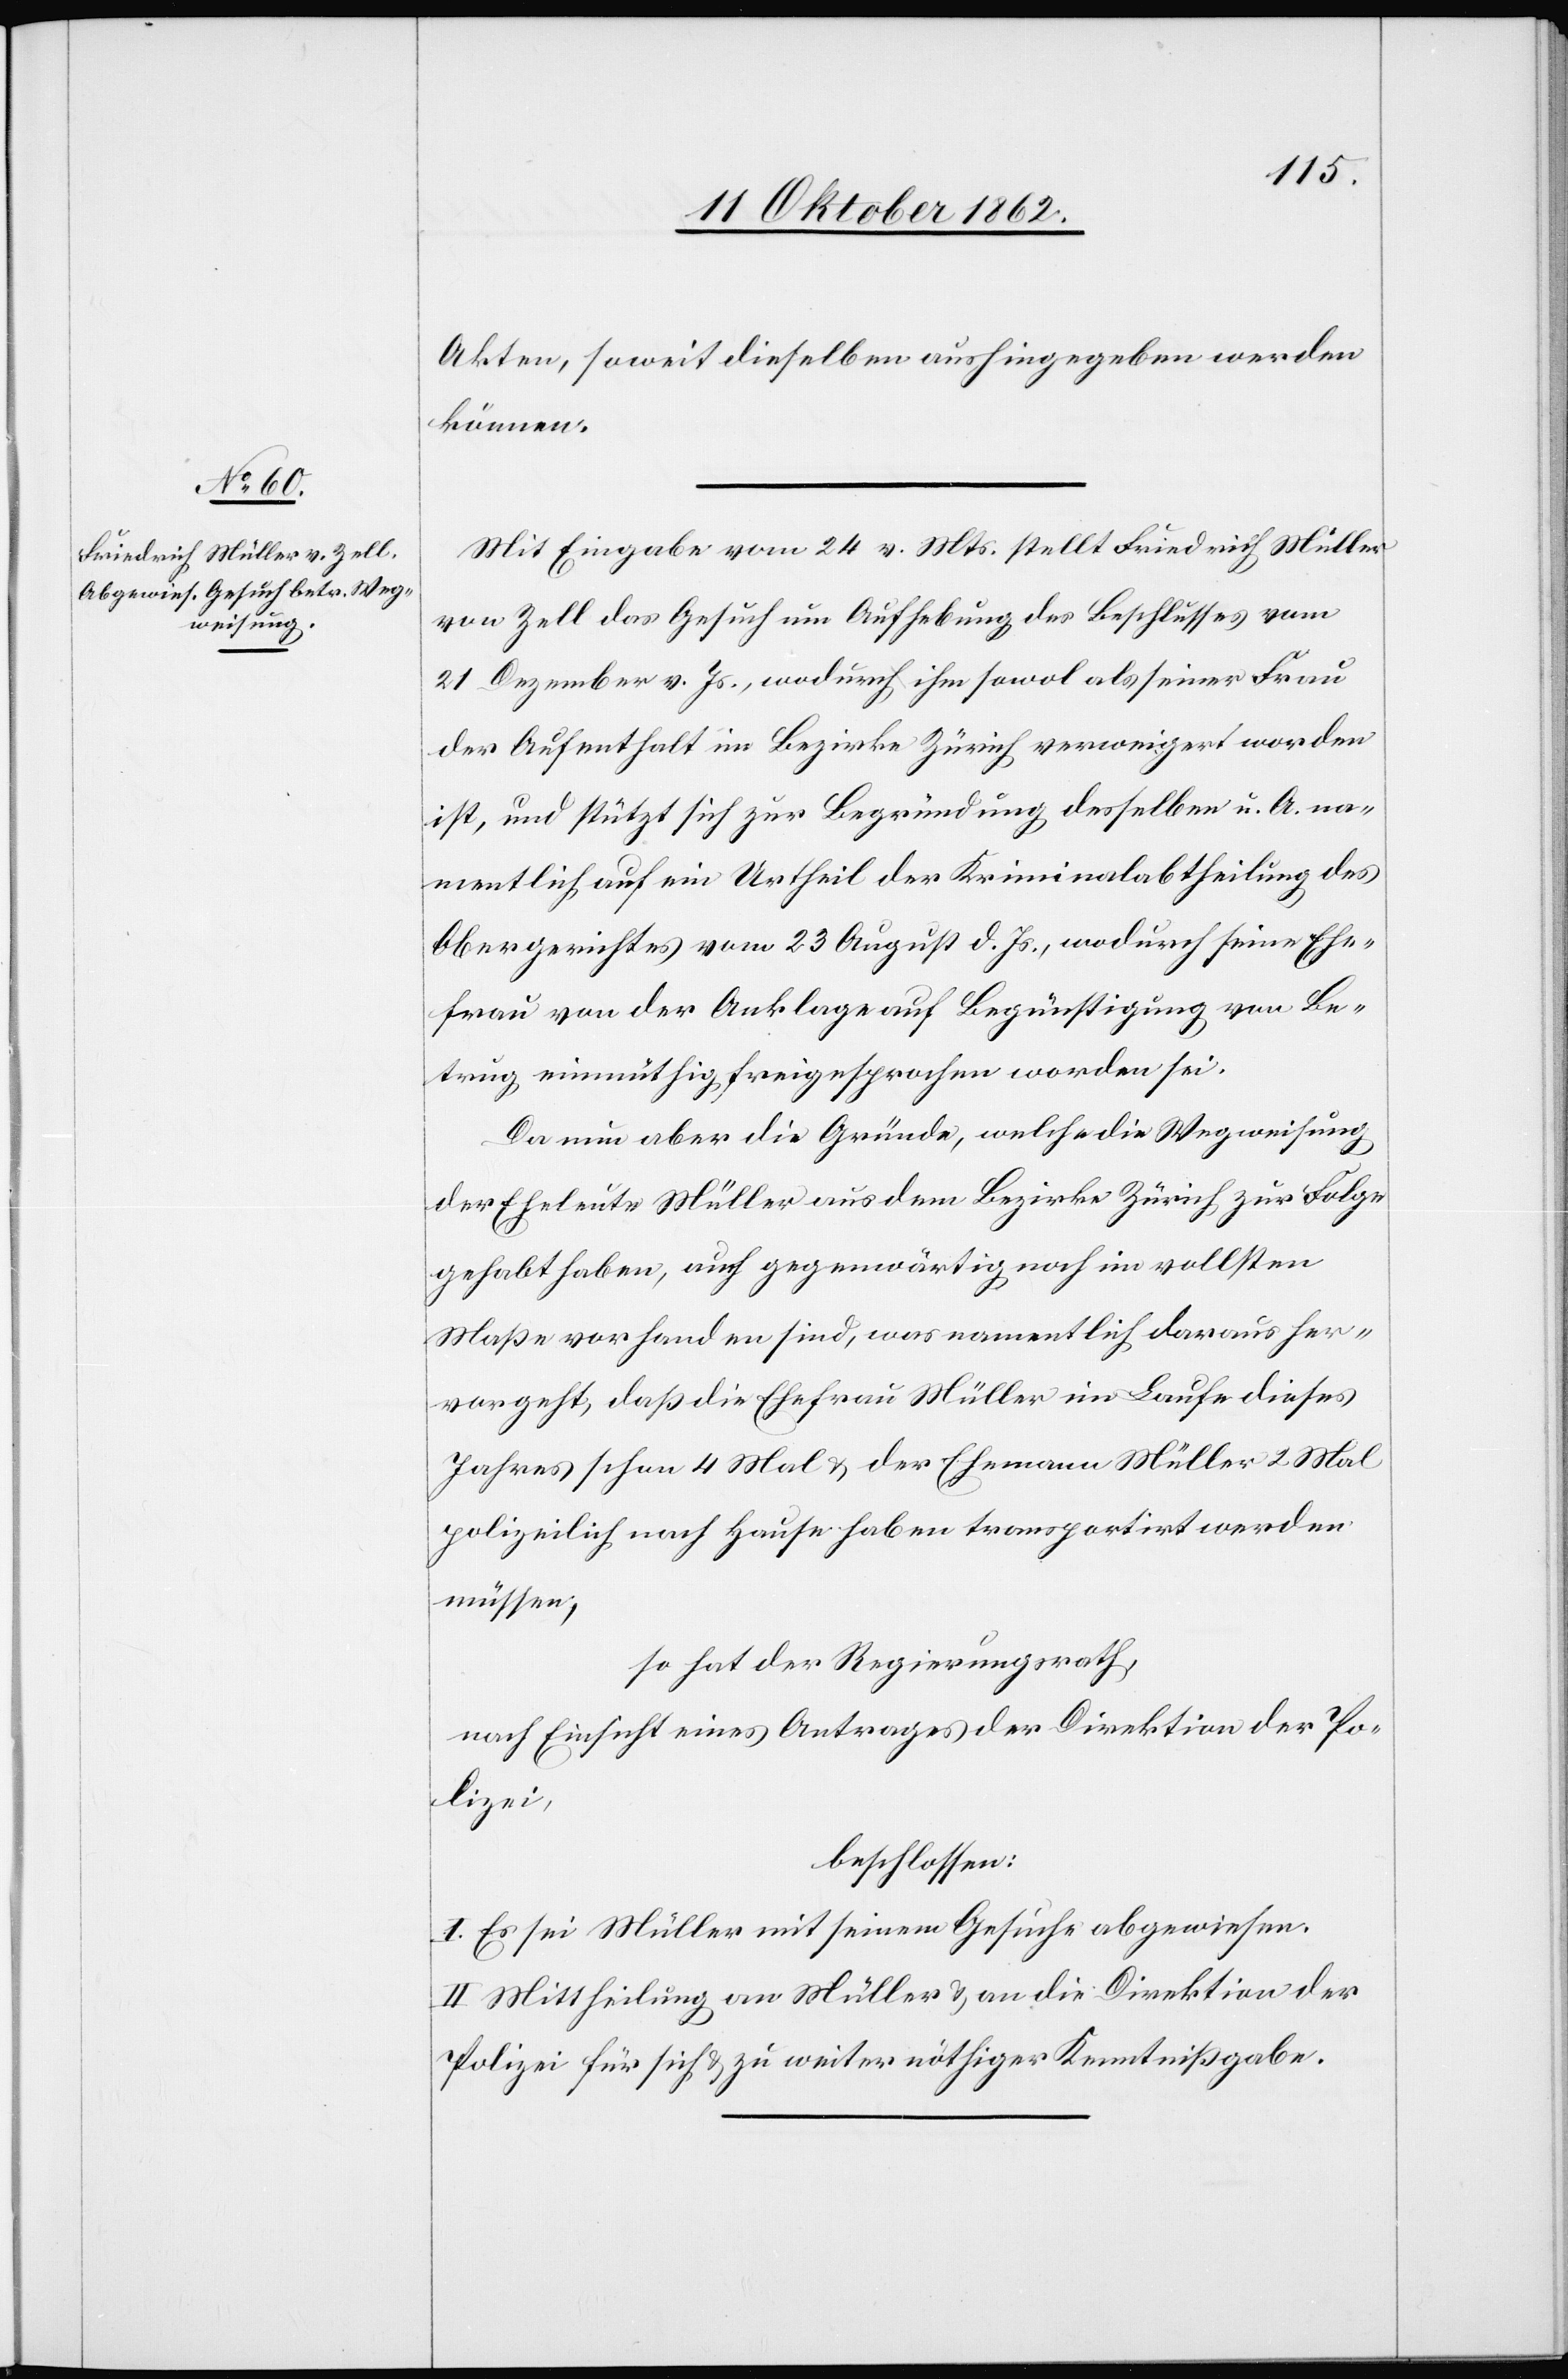
Akten, soweit dieselben aushingegeben werden
können.
Mit Eingabe vom 24. v. Mts. stellt Friedrich Müller
von Zell das Gesuch um Aufhebung des Beschlusses vom
21. Dezember v. Js., wodurch ihm sowol als seiner Frau
der Aufenthalt im Bezirke Zürich verweigert worden
ist, und stützt sich zur Begründung desselben u. A. na¬
mentlich auf ein Urtheil der Kriminalabtheilung des
Obergerichtes vom 23. August d. Js., wodurch seine Ehe¬
frau von der Anklage auf Begünstigung von Be¬
trug einmüthig freigesprochen worden sei.
Da nun aber die Gründe, welche die Wegweisung
der Eheleute Müller aus den Bezirke Zürich zur Folge
gehabt haben, auch gegenwärtig noch in vollen
Maße vorhanden sind, was namentlich daraus her¬
vorgeht, daß die Ehefrau Müller im Laufe dieses
Jahres schon 4 Mal u. der Ehemann Müller 2 Mal
polizeilich nach Hause haben transportirt werden
müssen,
so hat der Regierungsrath,
nach Einsicht eines Antrages der Direktion der Po¬
lizei;
beschlossen:
I. Es sei Müller mit seinem Gesuche abgewiesen.
II. Mittheilung an Müller u. an die Direktion der
Polizei für sich u. zu weiter nöthiger Kenntnißgabe.